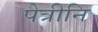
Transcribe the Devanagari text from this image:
पेत्रीनि